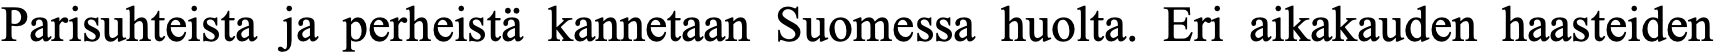
Parisuhteista ja perheistä kannetaan Suomessa huolta. Eri aikakauden haasteiden